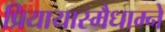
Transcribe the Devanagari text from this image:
प्रियायास्मैधाम्ने